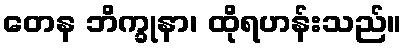
တေန ဘိက္ခုနာ၊ ထိုရဟန်းသည်။